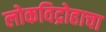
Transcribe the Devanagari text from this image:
लोकविद्रोहाचा